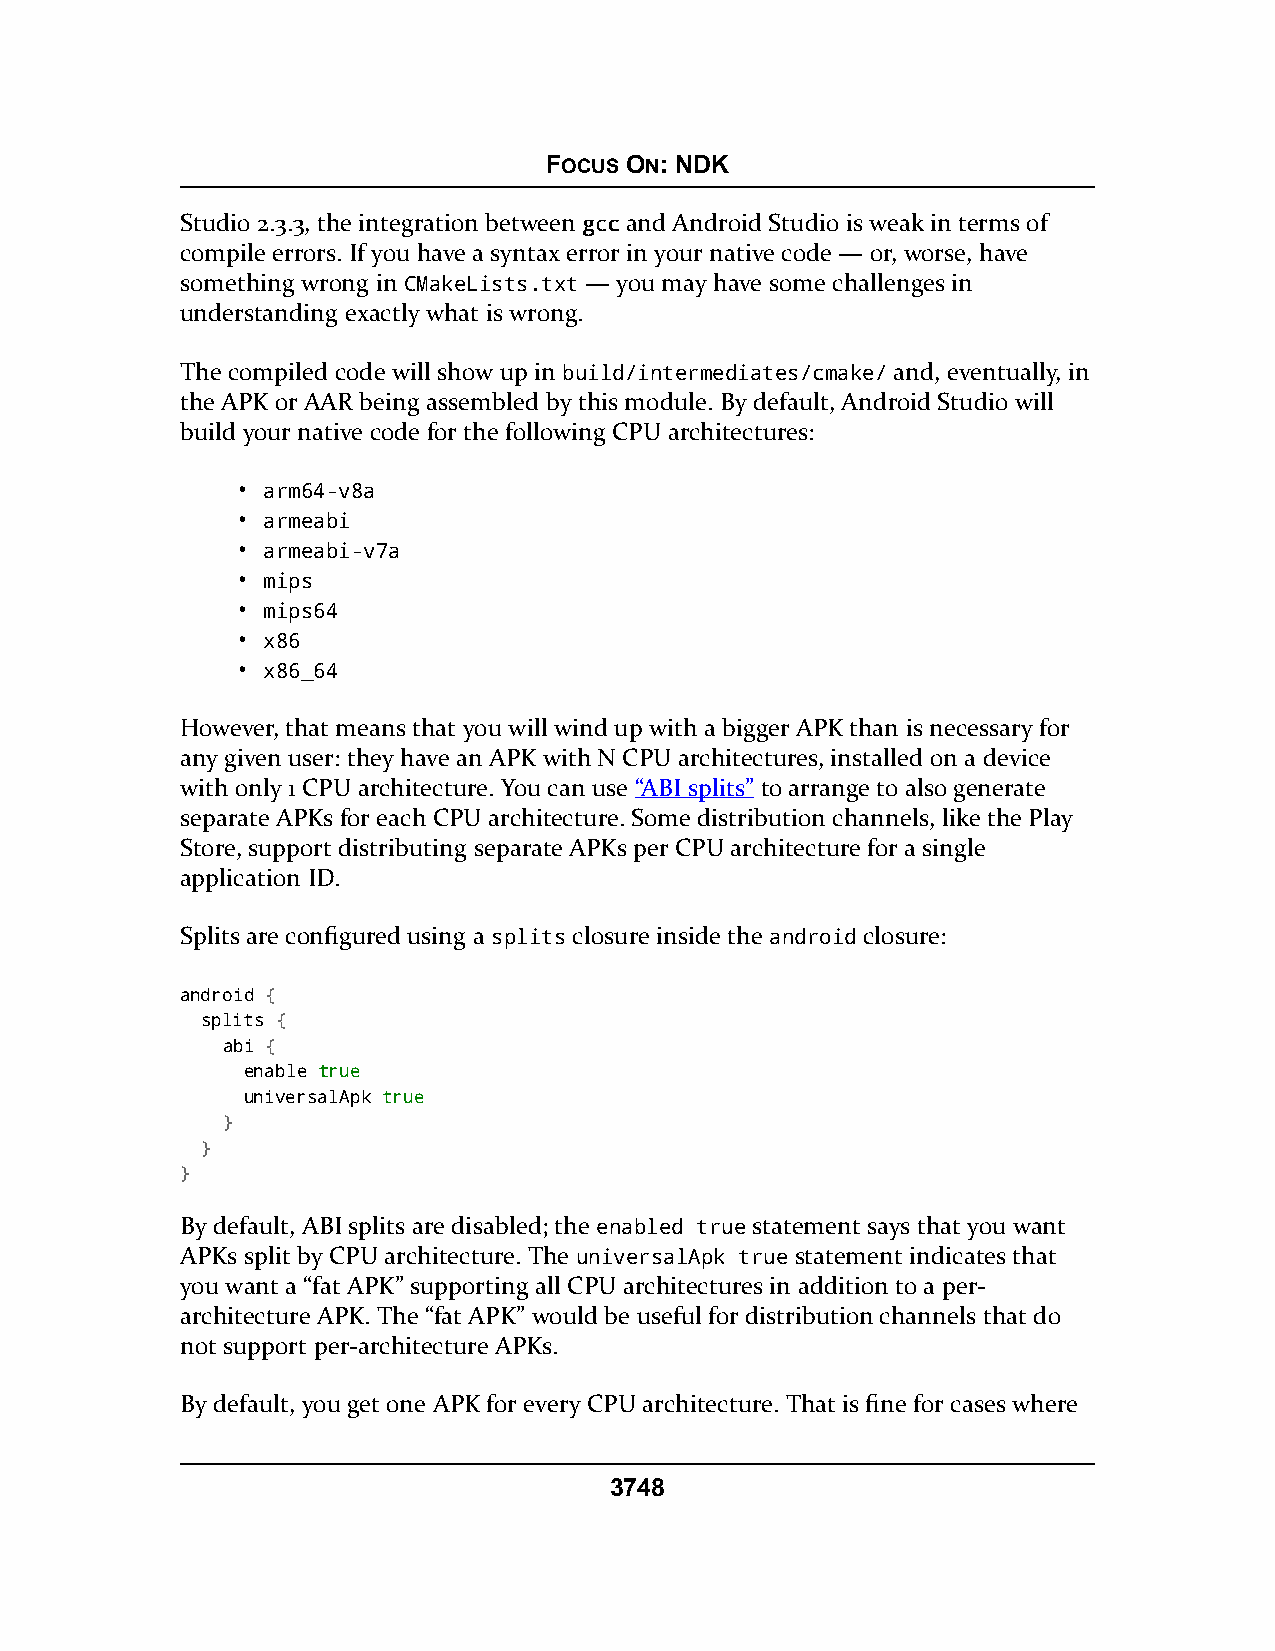
FOCUS ON: NDK
 Studio 2.3.3, the integration between ggccccand Android Studio is weak in terms of
 compile errors. If you have a syntax error in your native code — or, worse, have
 something wrong in CMakeLists.txt — you may have some challenges in
 understanding exactly what is wrong.
 The compiled code will show up in build/intermediates/cmake/ and, eventually, in
 the APK or AAR being assembled by this module. By default, Android Studio will
 build your native code for the following CPU architectures:
 • arm64-v8a
 • armeabi
 • armeabi-v7a
 • mips
 • mips64
 • x86
 • x86_64
 However, that means that you will wind up with a bigger APK than is necessary for
 any given user: they have an APK with N CPU architectures, installed on a device
 with only 1 CPU architecture. You can use “ABI splits” to arrange to also generate
 separate APKs for each CPU architecture. Some distribution channels, like the Play
 Store, support distributing separate APKs per CPU architecture for a single
 application ID.
 Splits are configured using a splits closure inside the android closure:
 android {
 splits {
 abi {
 enable ttrruuee
 universalApk ttrruuee
 }
 }
 }
 By default, ABI splits are disabled; the enabled true statement says that you want
 APKs split by CPU architecture. The universalApk true statement indicates that
 you want a “fat APK” supporting all CPU architectures in addition to a per-
 architecture APK. The “fat APK” would be useful for distribution channels that do
 not support per-architecture APKs.
 By default, you get one APK for every CPU architecture. That is fine for cases where
 3748